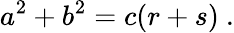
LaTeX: a^{2}+b^{2}=c(r+s)\ .